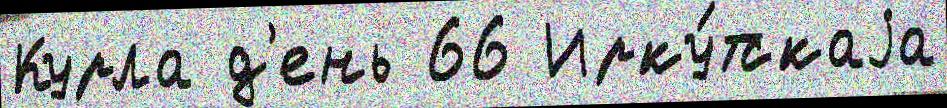
Курла д'ень 66 Ирку́тскаjа